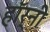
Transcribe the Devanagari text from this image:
हॉर्नी